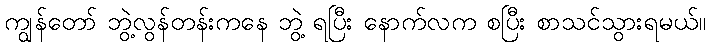
ကျွန်တော် ဘွဲ့လွန်တန်းကနေ ဘွဲ့ ရပြီး နောက်လက စပြီး စာသင်သွားရမယ်။